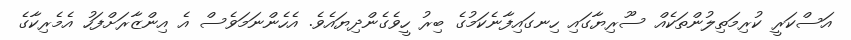
އަސްކަރީ ކުރިމަތިލުންތަކެއް ސޫރިޔާގައި ހިނގައިފާނެކަމުގެ ބިރު ހީވެގެންދިޔައެވެ. އެހެންނަމަވެސް އެ އިންޒާރަށްފަހު އެމެރިކާގެ